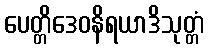
ပေတ္တိဒေဝနိရယာဒိသုတ္တံ